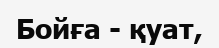
Бойға - қуат,